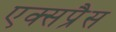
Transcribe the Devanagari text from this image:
एक्‍सप्रैस